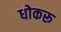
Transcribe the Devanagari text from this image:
धोकरू